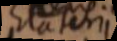
Elaterii